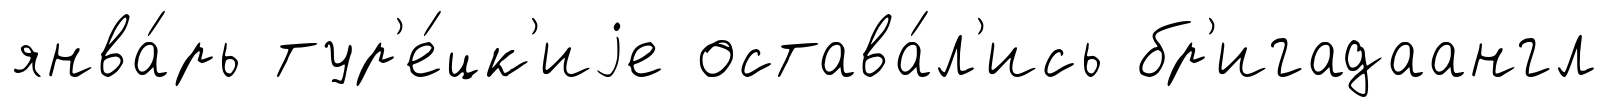
янва́рь тур'е́цк'иjе остава́л'ись бр'игадаангл